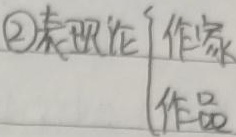
\textcircled{2}表现论
$\begin{cases}
\text{作家}\\
\text{作品}
\end{cases}$